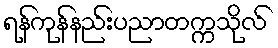
ရန်ကုန်နည်းပညာတက္ကသိုလ်